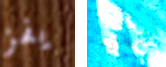
يفز النظارة